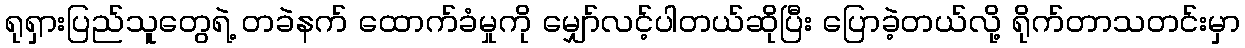
ရုရှားပြည်သူတွေရဲ့ တခဲနက် ထောက်ခံမှုကို မျှော်လင့်ပါတယ်ဆိုပြီး ပြောခဲ့တယ်လို့ ရိုက်တာသတင်းမှာ